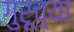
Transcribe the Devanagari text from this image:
गुरूच़्या